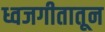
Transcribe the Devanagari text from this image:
ध्वजगीतातून